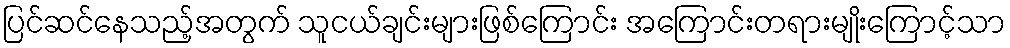
ပြင်ဆင်နေသည့်အတွက် သူငယ်ချင်းများဖြစ်ကြောင်း အကြောင်းတရားမျိုးကြောင့်သာ